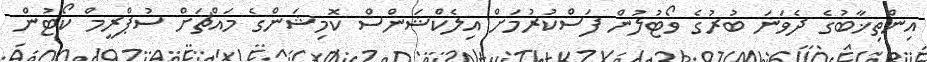
އިންތިޚާބުގެ ދެވަނަ ބުރުގެ ވޯޓުލުން ފަސްކުރުމަށް އިލެކްޝަންސް ކޮމިޝަންގެ މައްޗަށް ސުޕްރީމް ކޯޓުން